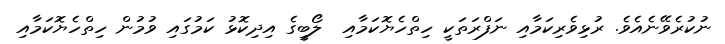
ނުކުރެވޭނެއެވެ. ރުޅިވެރިކަމާއި ނަފްރަތަކީ ހިތްހެޔޮކަމާއި  ލޯބީގެ އިދިކޮޅު ކަމުގައި ވުމުން ހިތްހެޔޮކަމާއި